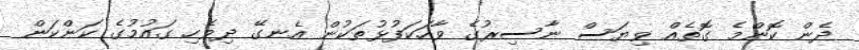
ދެން ކޮންމެ ގޮތެއް ވިޔަސް ނާސިރުގެ ވާހަކަފުޅުތަކުން އެނގޭ ދިވެހި ގައުމުގެ ކަންކަން